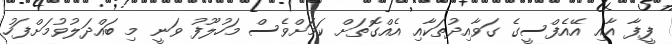
ފީފާ އާއި އޭއެފްސީގެ ގަވާއިދުތަކާއި އެއްގޮތަށް ކަމަށްވެސް މަހުލޫފު ވަނީ މި ބައްދަލުވުމަށްފަހު